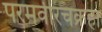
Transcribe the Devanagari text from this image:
परमवीरचक्रहा